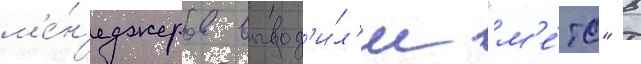
м'е́н'еджеров вывод'и́л'и "м'е́тс" в